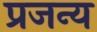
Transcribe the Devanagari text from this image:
प्रजन्य